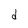
Character: d